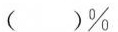
（ ）\%